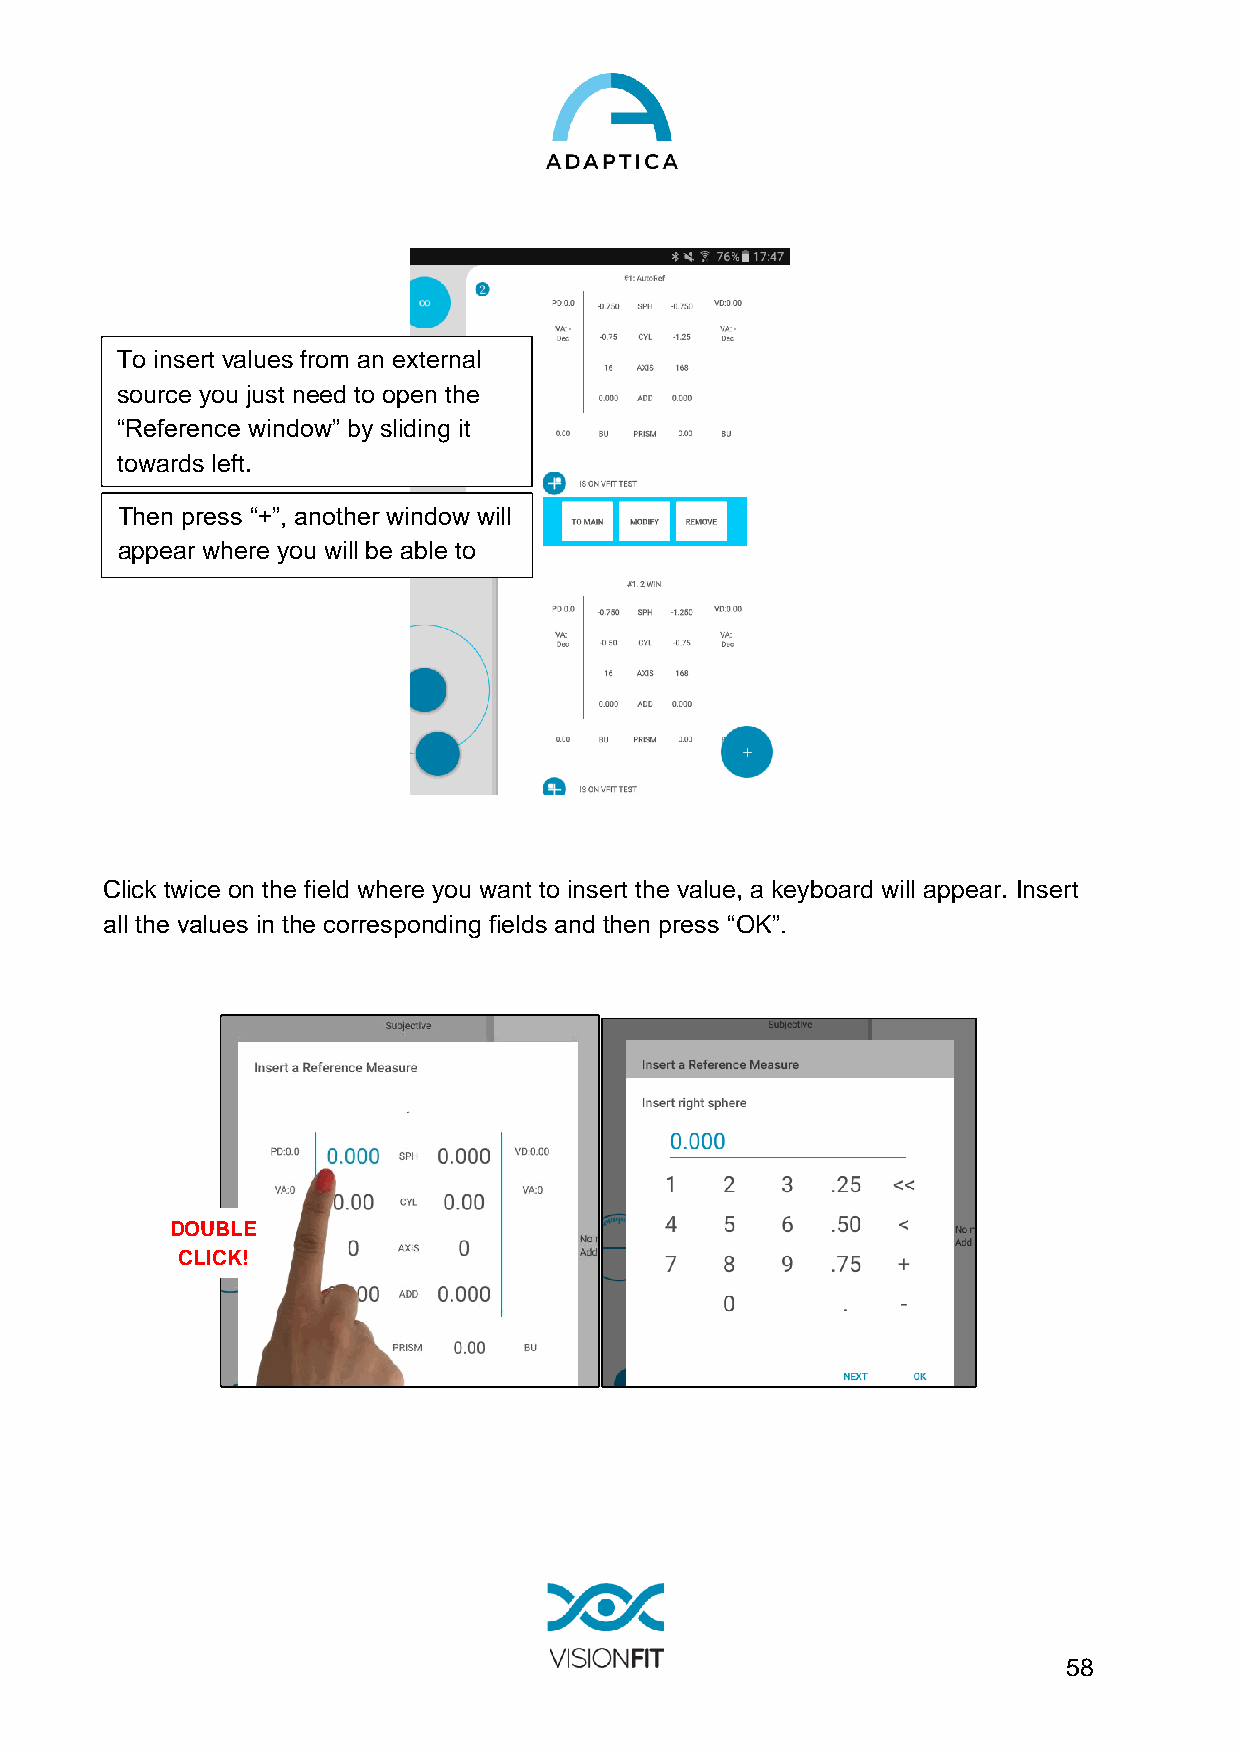
To insert values from an external
 source you just need to open the
 “Reference window” by sliding it
 towards left.
 Then press “+”, another window will
 appear where you will be able to
 insert the values.
 Click twice on the field where you want to insert the value, a keyboard will appear. Insert
 all the values in the corresponding fields and then press “OK”.
 DOUBLE
 CLICK!
 58